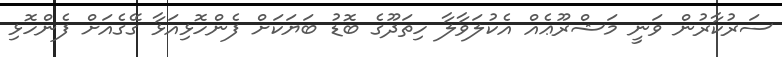
ސަރުކާރުން ވަނީ މަޝްރޫޢެއް އެކުލަވާލާ ހިތަދޫގެ ބޮޑު ބަޔަކަށް ފެންހޮޅިއަޅާ ގޭގެއަށް ފެންހޮޅި